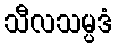
သီလသမ္ပဒံ